Burma Government Medical School reports 1923-41
Year: 1923
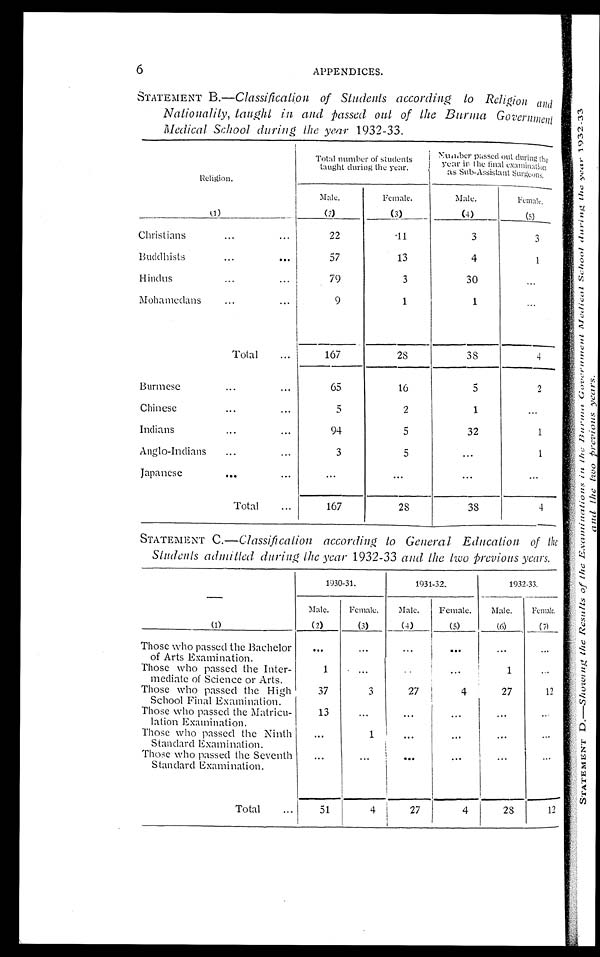
6
APPENDICES.
STATEMENT B.—Classification of Students according to Religion and
Nationality, taught in and passed out of the Burma Government
Medical School during the year 1932-33.
Religion.
(1)
Total number of students
taught during the year.
Nu mb e r p a s s e d o u t d u r i n g t h e y e a r i n t h e f i n a l e x a mi n a t i o n a s S u b - As s i s t a n t S u r g e o n s .
Male.
(2)
Female.
(3)
Male.
(4)
Female.
(5)
Christian
. . .
...
22
11
3
3
Buddhists
...
. . .
57
13
4
1
Hindus
. . .
...
79
3
30
...
Mohamedans
. . .
. . .
9
1
1
. . .
Total
. . .
167
28
38
4
Burmese
...
...
6 5
16
5
2
Chinese
...
. . .
5
2
1
. . .
Indians
...
. . .
9 4
5
32
1
Anglo-Indians
...
...
3
5
...
1
Japanese
. . .
...
...
. . .
. . .
. . .
Total
. . .
167
28
38
4
STATEMENT C.—Classification according to General Education of the
Students admitted during the year 1932-33 and the two previous years.
(1)
1930-31.
1931-32.
1932-33.
Male.
(2)
Female.
(3)
Male.
(4)
Female.
(5)
Male.
(6)
Female.
(7)
Those who passed the Bachelor
of Arts Examination.
...
...
... ... ... ...
Those who passed the Inter-
mediate of Science or Arts.
1
... ..
...
1
...
Those who passed the High
School Final Examination.
37
3
27
4
27
12
Those who passed the Matricu-
lation Examination.
13
...
...
... ... ...
Those who passed the Ninth
Standard Examination.
...
1
...
... ... ...
Those who passed the Seventh
Standard Examination.
... ... ... ... ... ...
Total
...
5 1
4
27
4
28
12